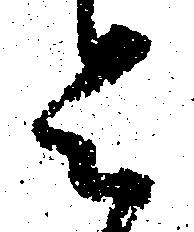
令